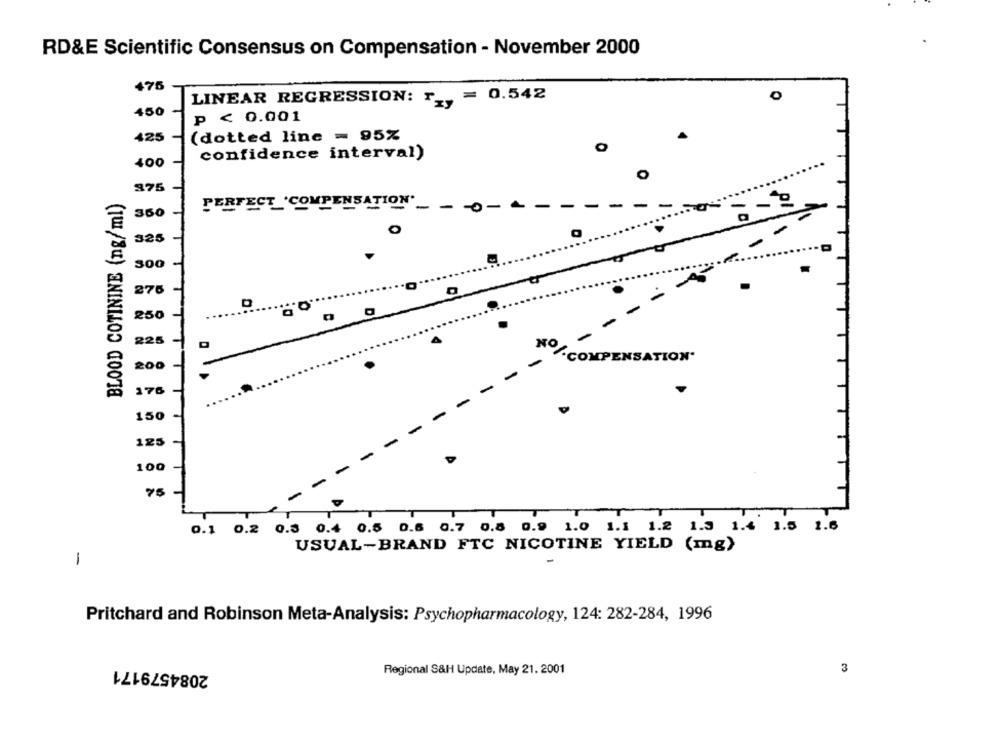
RD&E Scientific Consensus on Compensation - November 2000
475
0
LINEAR REGRESSION: r , = 0.542
450
p < 0.001
425
(dotted line = 95%
O
confidence interval)
400
O
375
BLOOD COTININE (ng/ml)
PERFECT 'COMPENSATION'_
-
0-
360
-
325
-
tr
300
.. O
276
250
225
4
NO
COMPENSATION.
200
176
150
125
100
75
T
0.1 0.2
0.3 0.4 0.5 0.6 0.7 0.8 0.9 1.0 1.1 1.2 1.3 1.4 1.5 1.6
USUAL-BRAND FTC NICOTINE YIELD (mg)
1
Pritchard and Robinson Meta-Analysis: Psychopharmacology, 124: 282-284, 1996
2084579171
Regional S&H Update, May 21. 2001
3